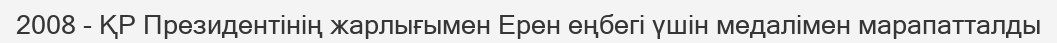
2008 - ҚР Президентінің жарлығымен Ерен еңбегі үшін медалімен марапатталды